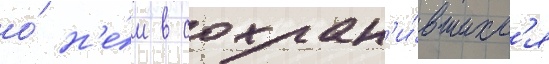
о́ н'е́м в сохран'и́вшихс'я